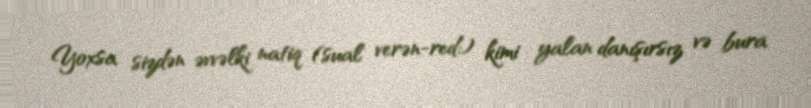
Yoxsa sizdən əvvəlki natiq (sual verən-red:) kimi yalan danışırsız və bura